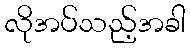
လိုအပ်သည့်အခါ